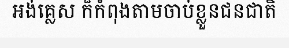
អង់គ្លេស ក៏កំពុងតាមចាប់ខ្លួនជនជាតិ